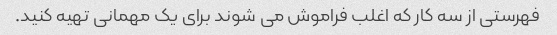
فهرستی از سه کار که اغلب فراموش می شوند برای یک مهمانی تهیه کنید.